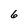
Character: 6